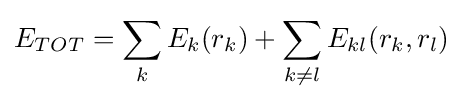
E_{TOT}=\sum _{k}E_{k}(r_{k})+\sum _{k\neq l}E_{kl}(r_{k},r_{l})